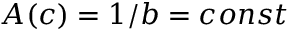
A ( c ) = 1 / b = c o n s t